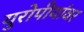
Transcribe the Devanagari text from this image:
युरोपीयांवर